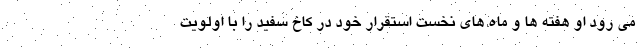
می رود او هفته ها و ماه های نخست استقرار خود در کاخ سفید را با اولویت